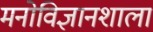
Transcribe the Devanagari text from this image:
मनोविज्ञानशाला